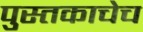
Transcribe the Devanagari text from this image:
पुस्तकाचेच